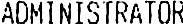
ADMINISTRATOR